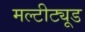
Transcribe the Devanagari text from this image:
मल्टीट्यूड